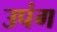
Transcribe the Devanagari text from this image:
उपंग